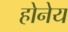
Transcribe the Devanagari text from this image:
होनेय